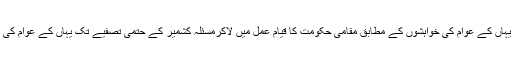
پاکستان اگر چاہتا تو گلگت بلتستان میں بھی یہاں کے عوام کی خواہشوں کے مطابق مقامی حکومت کا قیام عمل میں لاکرمسئلہ کشمیر کے حتمی تصٖفیے تک یہاں کے عوام کی بنیادی جمہوری حقوق کا تحفظ کر سکتا تھا۔